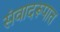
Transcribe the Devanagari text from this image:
संवादरूपात